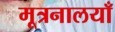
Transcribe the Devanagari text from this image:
मूत्रनालयाँ